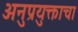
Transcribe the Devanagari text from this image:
अनुप्रयुक्ताचा